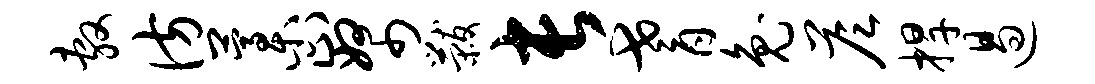
敷彷藁止帑黻长耆兔答捍遏